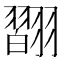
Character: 𦒆